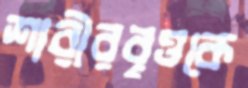
শারীরবৃত্তকে